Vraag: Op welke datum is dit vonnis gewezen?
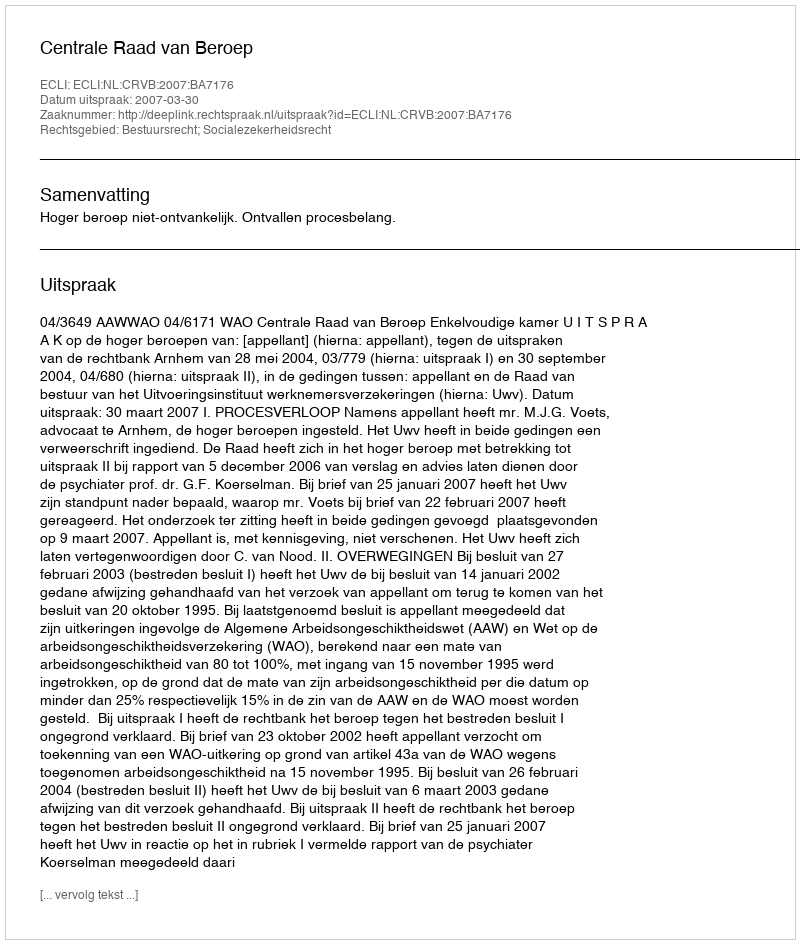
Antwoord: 2007-03-30